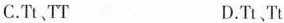
C.Tt、TT D.Tt、Tt